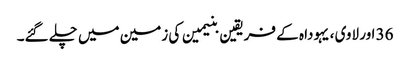
36 اور لاوی ، یہودا ہ کے فریقین بنیمین کی زمین میں چلے گئے۔